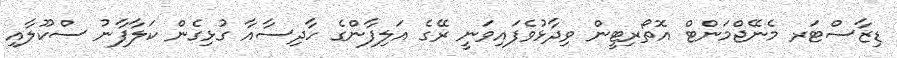
ޑިޒާސްޓަރ މެނޭޖްމަންޓް އޮތޯރިޓީން ވިދާޅުވެފައިވަނީ ރޭގެ އަލިފާންގެ ހާދިސާއާ ގުޅިގެން ކަލާފާނު ސްކޫލާއި